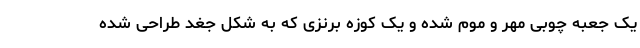
یک جعبه چوبی مَهر و موم شده و یک کوزه برنزی که به شکل جغد طراحی شده